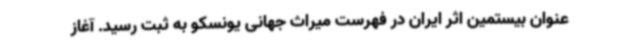
عنوان بیستمین اثر ایران در فهرست میراث جهانی یونسکو به ثبت رسید. آغاز